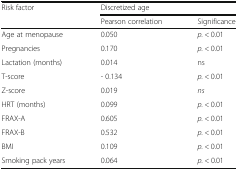
<table><thead><tr><td><b>Risk factor</b></td><td colspan="2"><b>Discretized age</b></td></tr><tr><td></td><td><b>Pearson correlation</b></td><td><b>Significance</b></td></tr></thead><tbody><tr><td>Age at menopause</td><td>0.050</td><td><i>p.</i> &lt; 0.01</td></tr><tr><td>Pregnancies</td><td>0.170</td><td><i>p.</i> &lt; 0.01</td></tr><tr><td>Lactation (months)</td><td>0.014</td><td>ns</td></tr><tr><td>T-score</td><td>- 0.134</td><td><i>p.</i> &lt; 0.01</td></tr><tr><td>Z-score</td><td>0.019</td><td><i>ns</i></td></tr><tr><td>HRT (months)</td><td>0.099</td><td><i>p.</i> &lt; 0.01</td></tr><tr><td>FRAX-A</td><td>0.605</td><td><i>p.</i> &lt; 0.01</td></tr><tr><td>FRAX-B</td><td>0.532</td><td><i>p.</i> &lt; 0.01</td></tr><tr><td>BMI</td><td>0.109</td><td><i>p.</i> &lt; 0.01</td></tr><tr><td>Smoking pack years</td><td>0.064</td><td><i>p.</i> &lt; 0.01</td></tr></tbody></table>